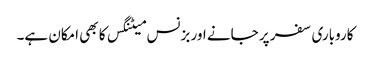
کاروباری سفر پر جانے اور بزنس میٹنگس کا بھی امکان ہے۔